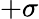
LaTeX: +\sigma